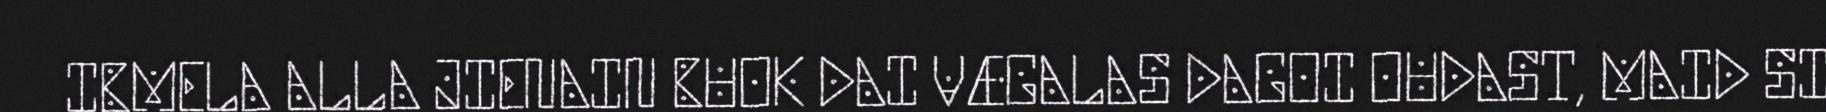
IBMELA ALLA JIENAIN BUOK DAI VÆGALAS DAGOI OUDAST, MAID SI